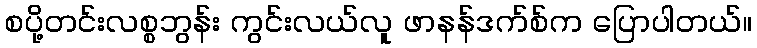
စပို့တင်းလစ္စဘွန်း ကွင်းလယ်လူ ဖာနန်ဒက်စ်က ပြောပါတယ်။